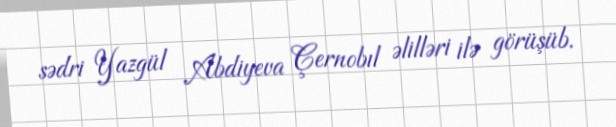
sədri Yazgül Abdiyeva Çernobıl əlilləri ilə görüşüb.